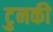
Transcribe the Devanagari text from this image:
टुनकी